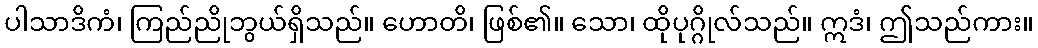
ပါသာဒိကံ၊ ကြည်ညိုဘွယ်ရှိသည်။ ဟောတိ၊ ဖြစ်၏။ သော၊ ထိုပုဂ္ဂိုလ်သည်။ ဣဒံ၊ ဤသည်ကား။